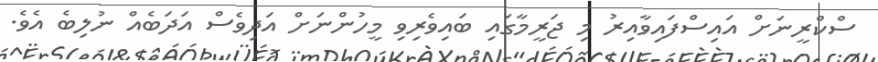
ސްކްރީނަށް އައިސްފައިވާއިރު މި ޖަރީމާގައި ބައިވެރިވި މީހުންނަށް އަދިވެސް އަދަބެއް ނުލިބެ އެވެ.